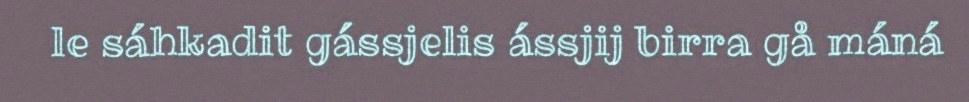
le sáhkadit gássjelis ássjij birra gå máná